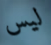
ليس